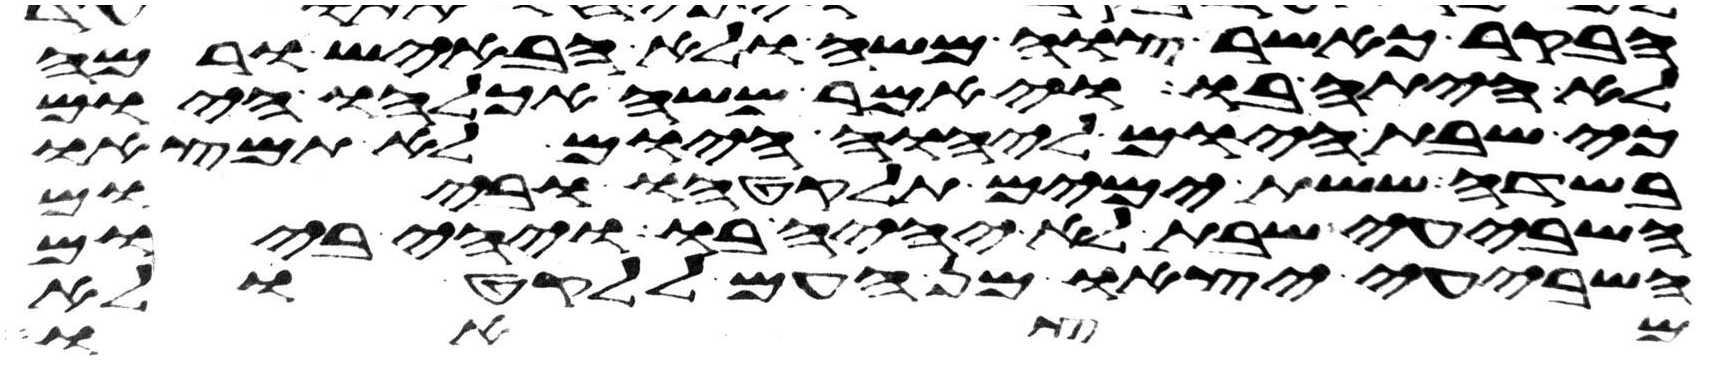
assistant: הבקר כאשר צוה משה ולא הבאיש ורמה
לא היתה בו ויאמר משה אכלהו היום
כי שבת היום ליהוה היום לא תמצאו
בשדה ששת ימים תלקטהו וביום
השביעי שבת לא יהיה בו ויהי ביום
השביעי יצאו מן העם ללקט ולא
ומת או